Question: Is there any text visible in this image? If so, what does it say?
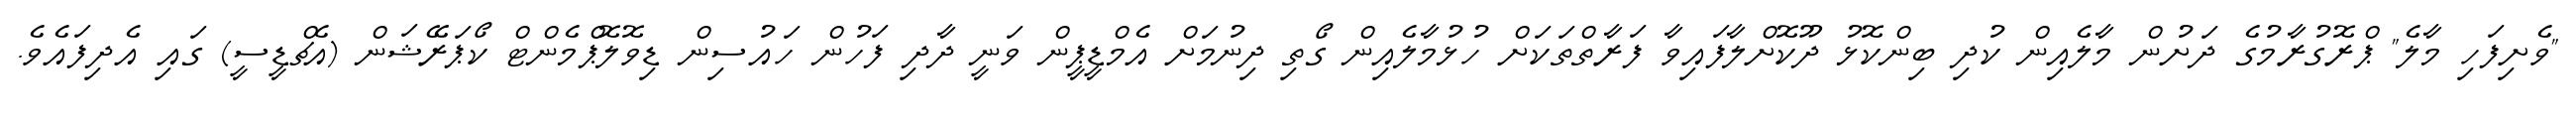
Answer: "ވެށިފަހި މާލެ" ޕްރޮގުރާމުގެ ދަށުން މާލެއިން ކުދި ބިންކޮޅު ދޫކޮށްލާފައިވާ ފަރާތްތަކަށް ހުޅުމާލެއިން ގޯތި ދިނުމަށް އެމްޑީޕީން ވަނީ ދާދި ފަހުން ހައުސިން ޑިވޮލޮޕްމެންޓް ކޯޕަރޭޝަން (އެޗްޑީސީ) ގައި އެދިފައެވެ.